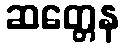
ဆတ္တေန